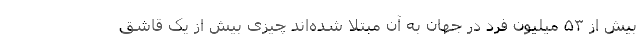
بیش از ۵۳ میلیون فرد در جهان به آن مبتلا شده‌اند چیزی بیش از یک قاشق